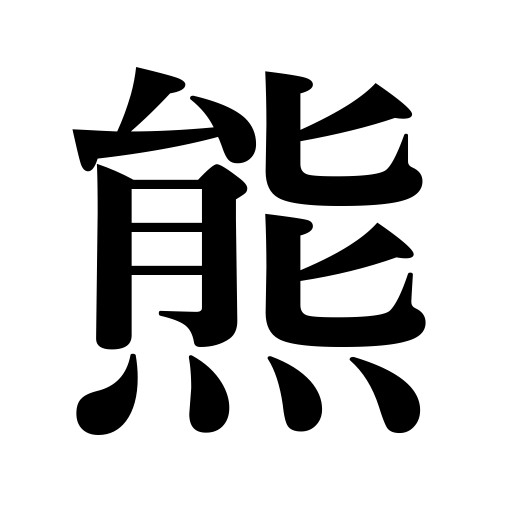
Meanings: bear